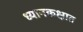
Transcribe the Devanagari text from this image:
ध्यानकक्षात